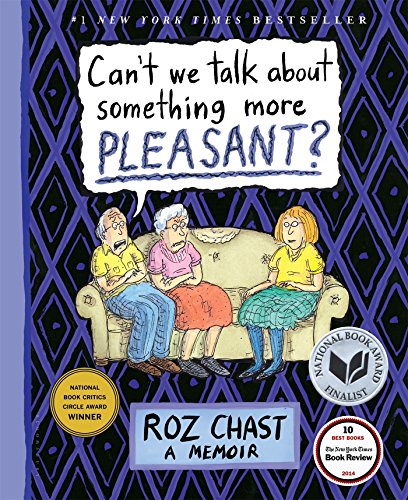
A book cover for Can't We Talk about Something More Pleasant?: A Memoir; Roz Chast; Comics & Graphic Novels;